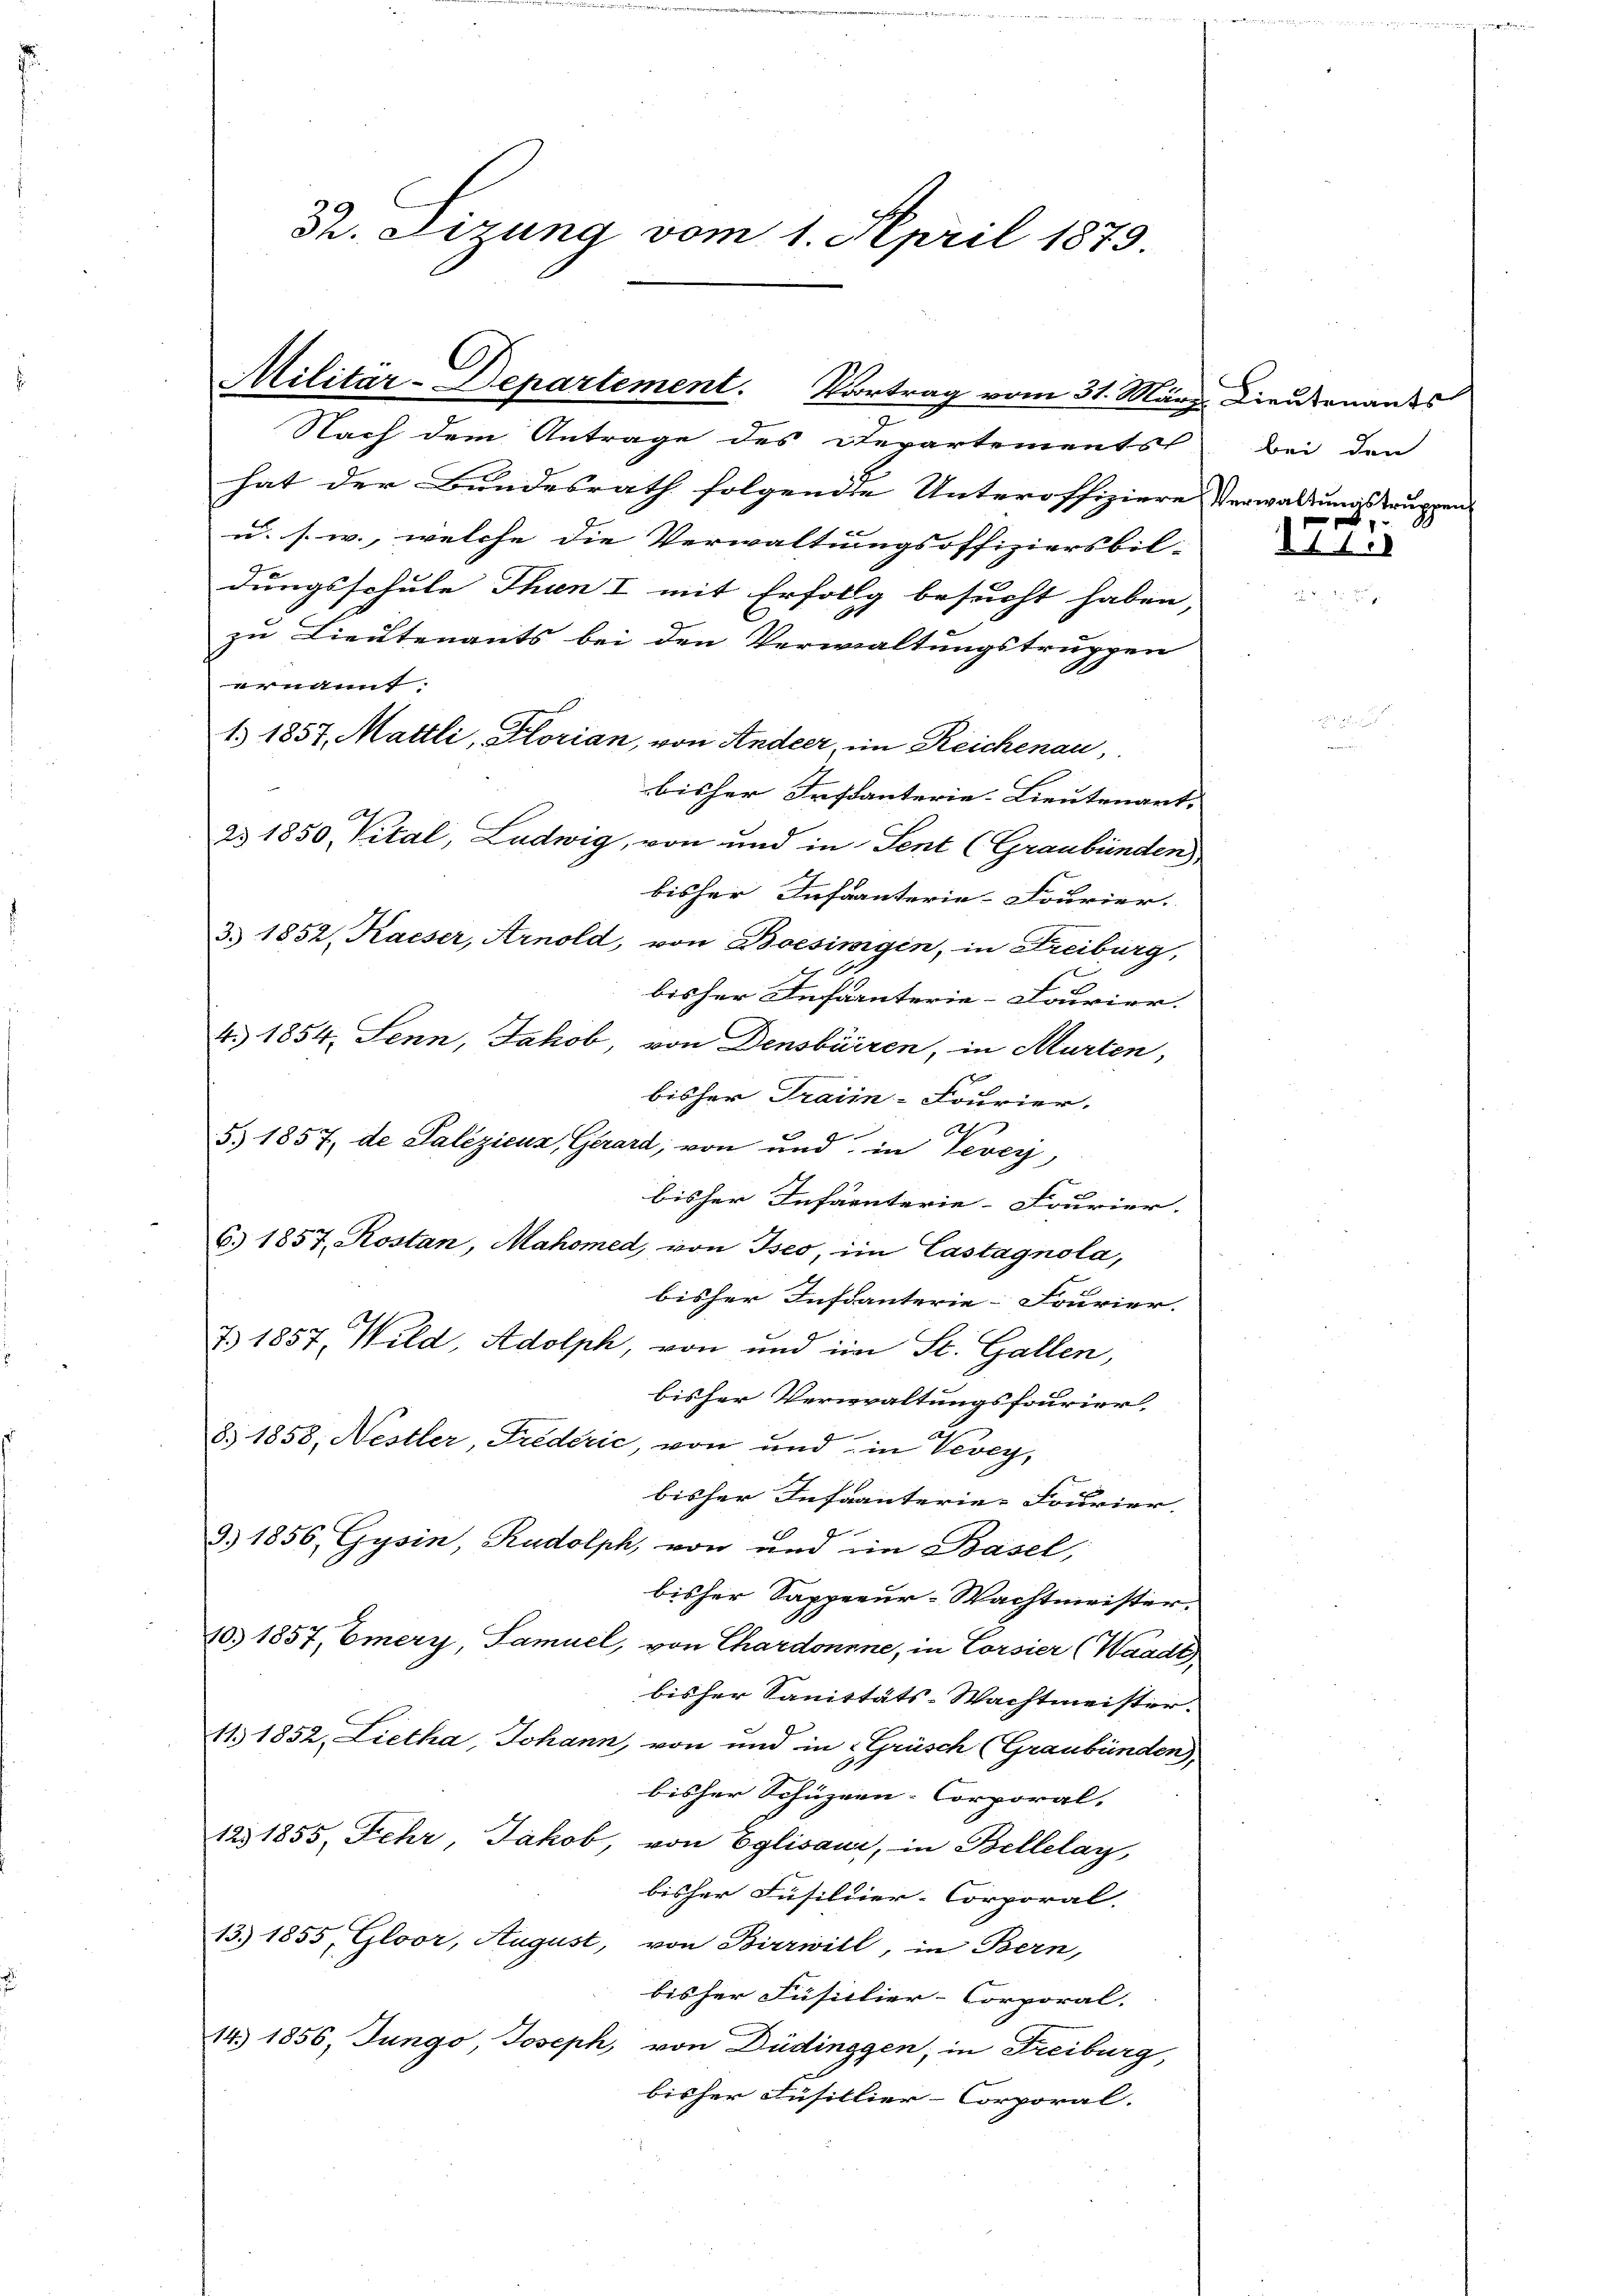
32. Sizung vom 1. April 1873.

Militär-Departement. Vortrag vom 31. März

Nach dem Antrage des Departements
hat der Bundesrath folgende Unteroffiziere Verwaltungstruppen
u. s. w., welche die Verwaltungsoffiziersbil-
dungsschule Thien I mit Erfollg besucht haben, |
zu Lieutenants bei den Verwaltungstruppen
ernannt.
1. 1857, Mattli, Glorian, von Andeer, im Reichenau,
bisher Instanterie-Lieutenart.
a. 1850, Vital, Ludwig, von und in Tent (Graubünden),
bisher Infanterie-Fourier.
3. 1852, Kaiser, Arnold, von Boesingen, in Freiburg,
bisher Infanterie-Louvier.
4. 1854, Senn, Jakob, von Densbürren, in Murten,
bisher Traiin-Fourier.
5) 1857, de Palizieuz, Gerard, von und in Veveyj
bisher Infanterie-Fourier.
6. 1857, Kostan, Mahomed, von Iseo, im Castagnola,
bisher Instanterie-Fourier.
7) 1857, Wild, Adolph, von und im St. Gallen,
bisher Verwaltungsfourier
8. 1858, Nestler, Frederić, von und in Vevey,
bisher Infanterie-Fourier.
3) 1856, Gysin, Rudolph, von und im Basel,
bisher Sappeur-Wachtmeister.
10. 1857, Emery, Samuel, von Chardonne, in Corsier (Waadt
bisher Sanitäts-Wachtmeister.
11. 1852, Lietha, Johann, von und in Grüsch (Graubünden),
bisher Schutzen-Corporal.
12. 1855, Fehr, Jakob, von Eglisaur, in Bellelay,
bisher Füsiliier-Corporal.
13) 1855, Gloor, August, von Birrwill, in Bern,
bisher Füsilier-Corporal.
14. 1856, Jungo, Joseph, von Düdinggen, in Freiburg,
bisher Füsillier-Corporal.

Lieutenants
bei den

174